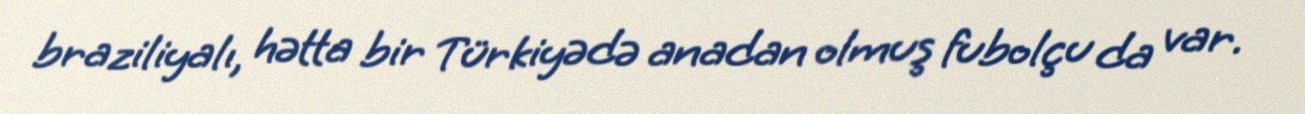
braziliyalı, hətta bir Türkiyədə anadan olmuş fubolçu da var.